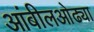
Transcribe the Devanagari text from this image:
आंबीलओढ्या